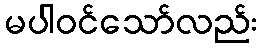
မပါဝင်သော်လည်း